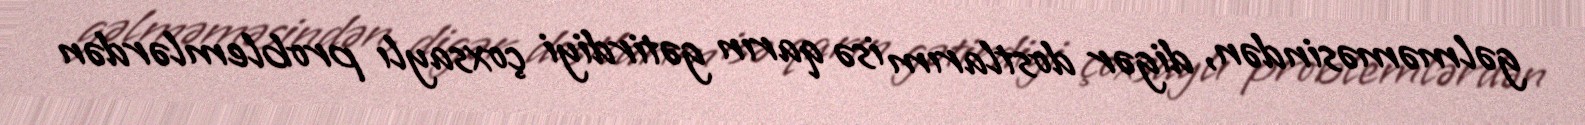
gəlməməsindən, digər dostlarım isə qarın gətirdiyi çoxsaylı problemlərdən